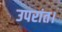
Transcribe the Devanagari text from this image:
उपरांत।